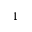
_ \mathrm { 1 }